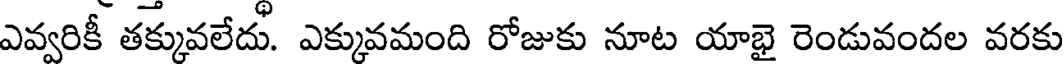
ఎవ్వరికీ తక్కువలేదు. ఎక్కువమంది రోజుకు నూట యాభై రెండువందల వరకు